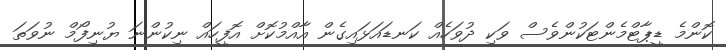
ކޮންމެ ޑީޕާޓްމެންޓަކުންވެސް ވަކި ދުވަހެއް ކަނޑައަޅައިގެން އާއްމުކޮށް އޮފީހައް ނިކުންނަ ޔުނިފޯމް ނުވަތަ